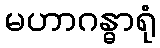
မဟာဂန္ဓာရုံ